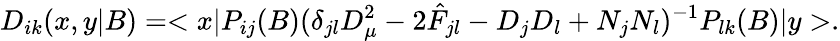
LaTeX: D_{ik}(x,y|B)=<x|P_{ij}(B)(\delta_{jl}D_{\mu}^{2}-2\hat{F}_{jl}-D_{j}D_{l}+N_{j}N_{l})^{-1}P_{lk}(B)|y>.